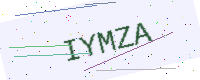
Text: IYMZA